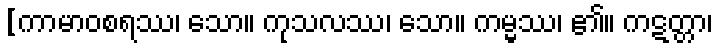
[ကာမာဝစရဿ၊ သော။ ကုသလဿ၊ သော။ ကမ္မ္မဿ၊ ၏။ ကဋတ္တာ၊